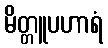
မိတ္တူပဟာရံ